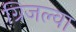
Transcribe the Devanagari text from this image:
ग्रिजल्वा